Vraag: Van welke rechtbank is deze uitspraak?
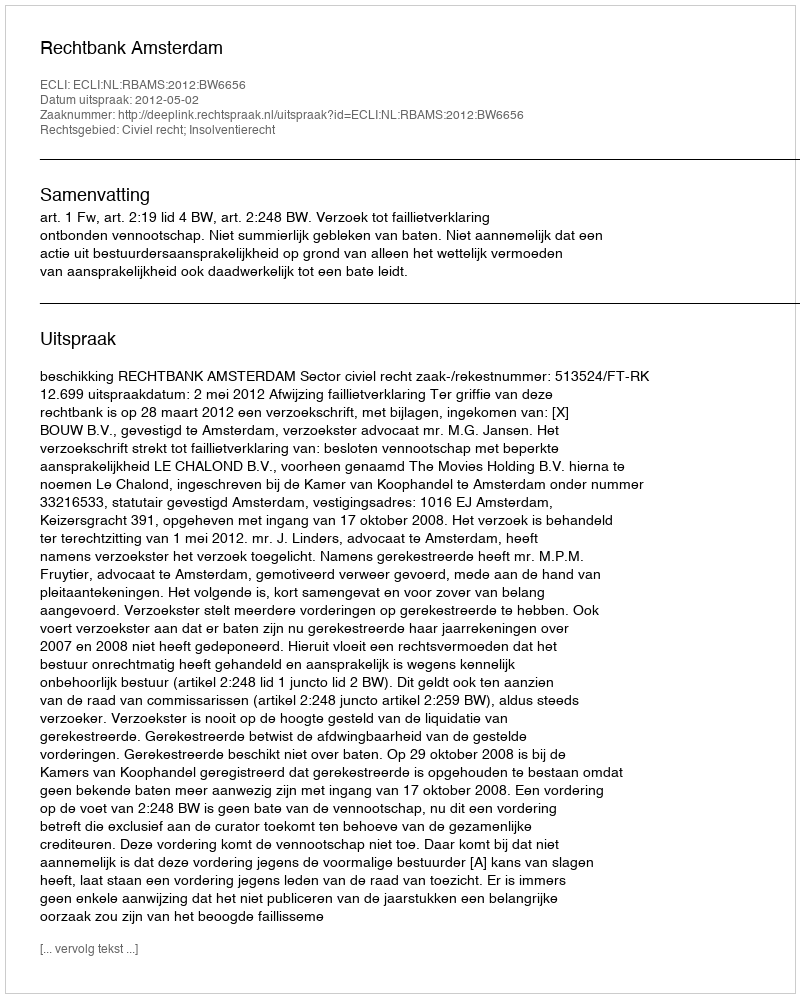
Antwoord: Rechtbank Amsterdam